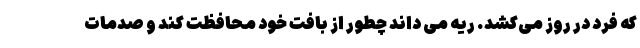
که فرد در روز می‌کشد. ریه می داند چطور از بافت خود محافظت کند و صدمات